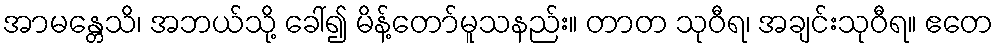
အာမန္တေသိ၊ အဘယ်သို့ ခေါ်၍ မိန့်တော်မူသနည်း။ တာတ သုဝီရ၊ အချင်းသုဝီရ။ ဧတေ